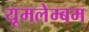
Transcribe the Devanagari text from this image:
यूमलेम्बम